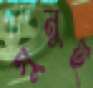
সুনুই